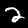
Digit: 2